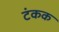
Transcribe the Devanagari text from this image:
टंकक